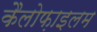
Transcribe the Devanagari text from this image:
कैलोफ़ाइलम